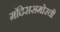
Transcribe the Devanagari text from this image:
मंदिरासमोरची